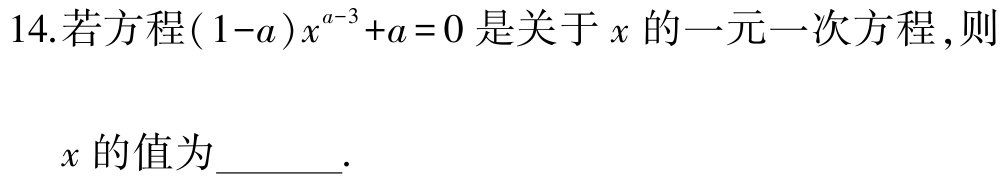
14.若方程\((1 - a)x^{a - 3}+a = 0\)是关于\(x\)的一元一次方程，则

\(x\)的值为______.